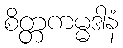
စိတ္တကမ္မဒါနံ